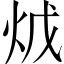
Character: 𤇦